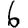
Digit: 6